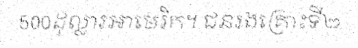
500ដុល្លារអាមេរិក។ ជនរងគ្រោះទី២